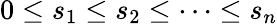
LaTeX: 0\leq s_{1}\leq s_{2}\leq\cdots\leq s_{n}